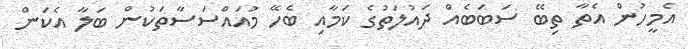
އެމީހުން އެތާ ތިބޭ ސަބަބެއް ދައުލަތުގެ ކަމާއި ބެހޭ މުއައްސަސާތަކުން ބަލާ އެކަން